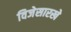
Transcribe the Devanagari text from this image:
विजेसारखे